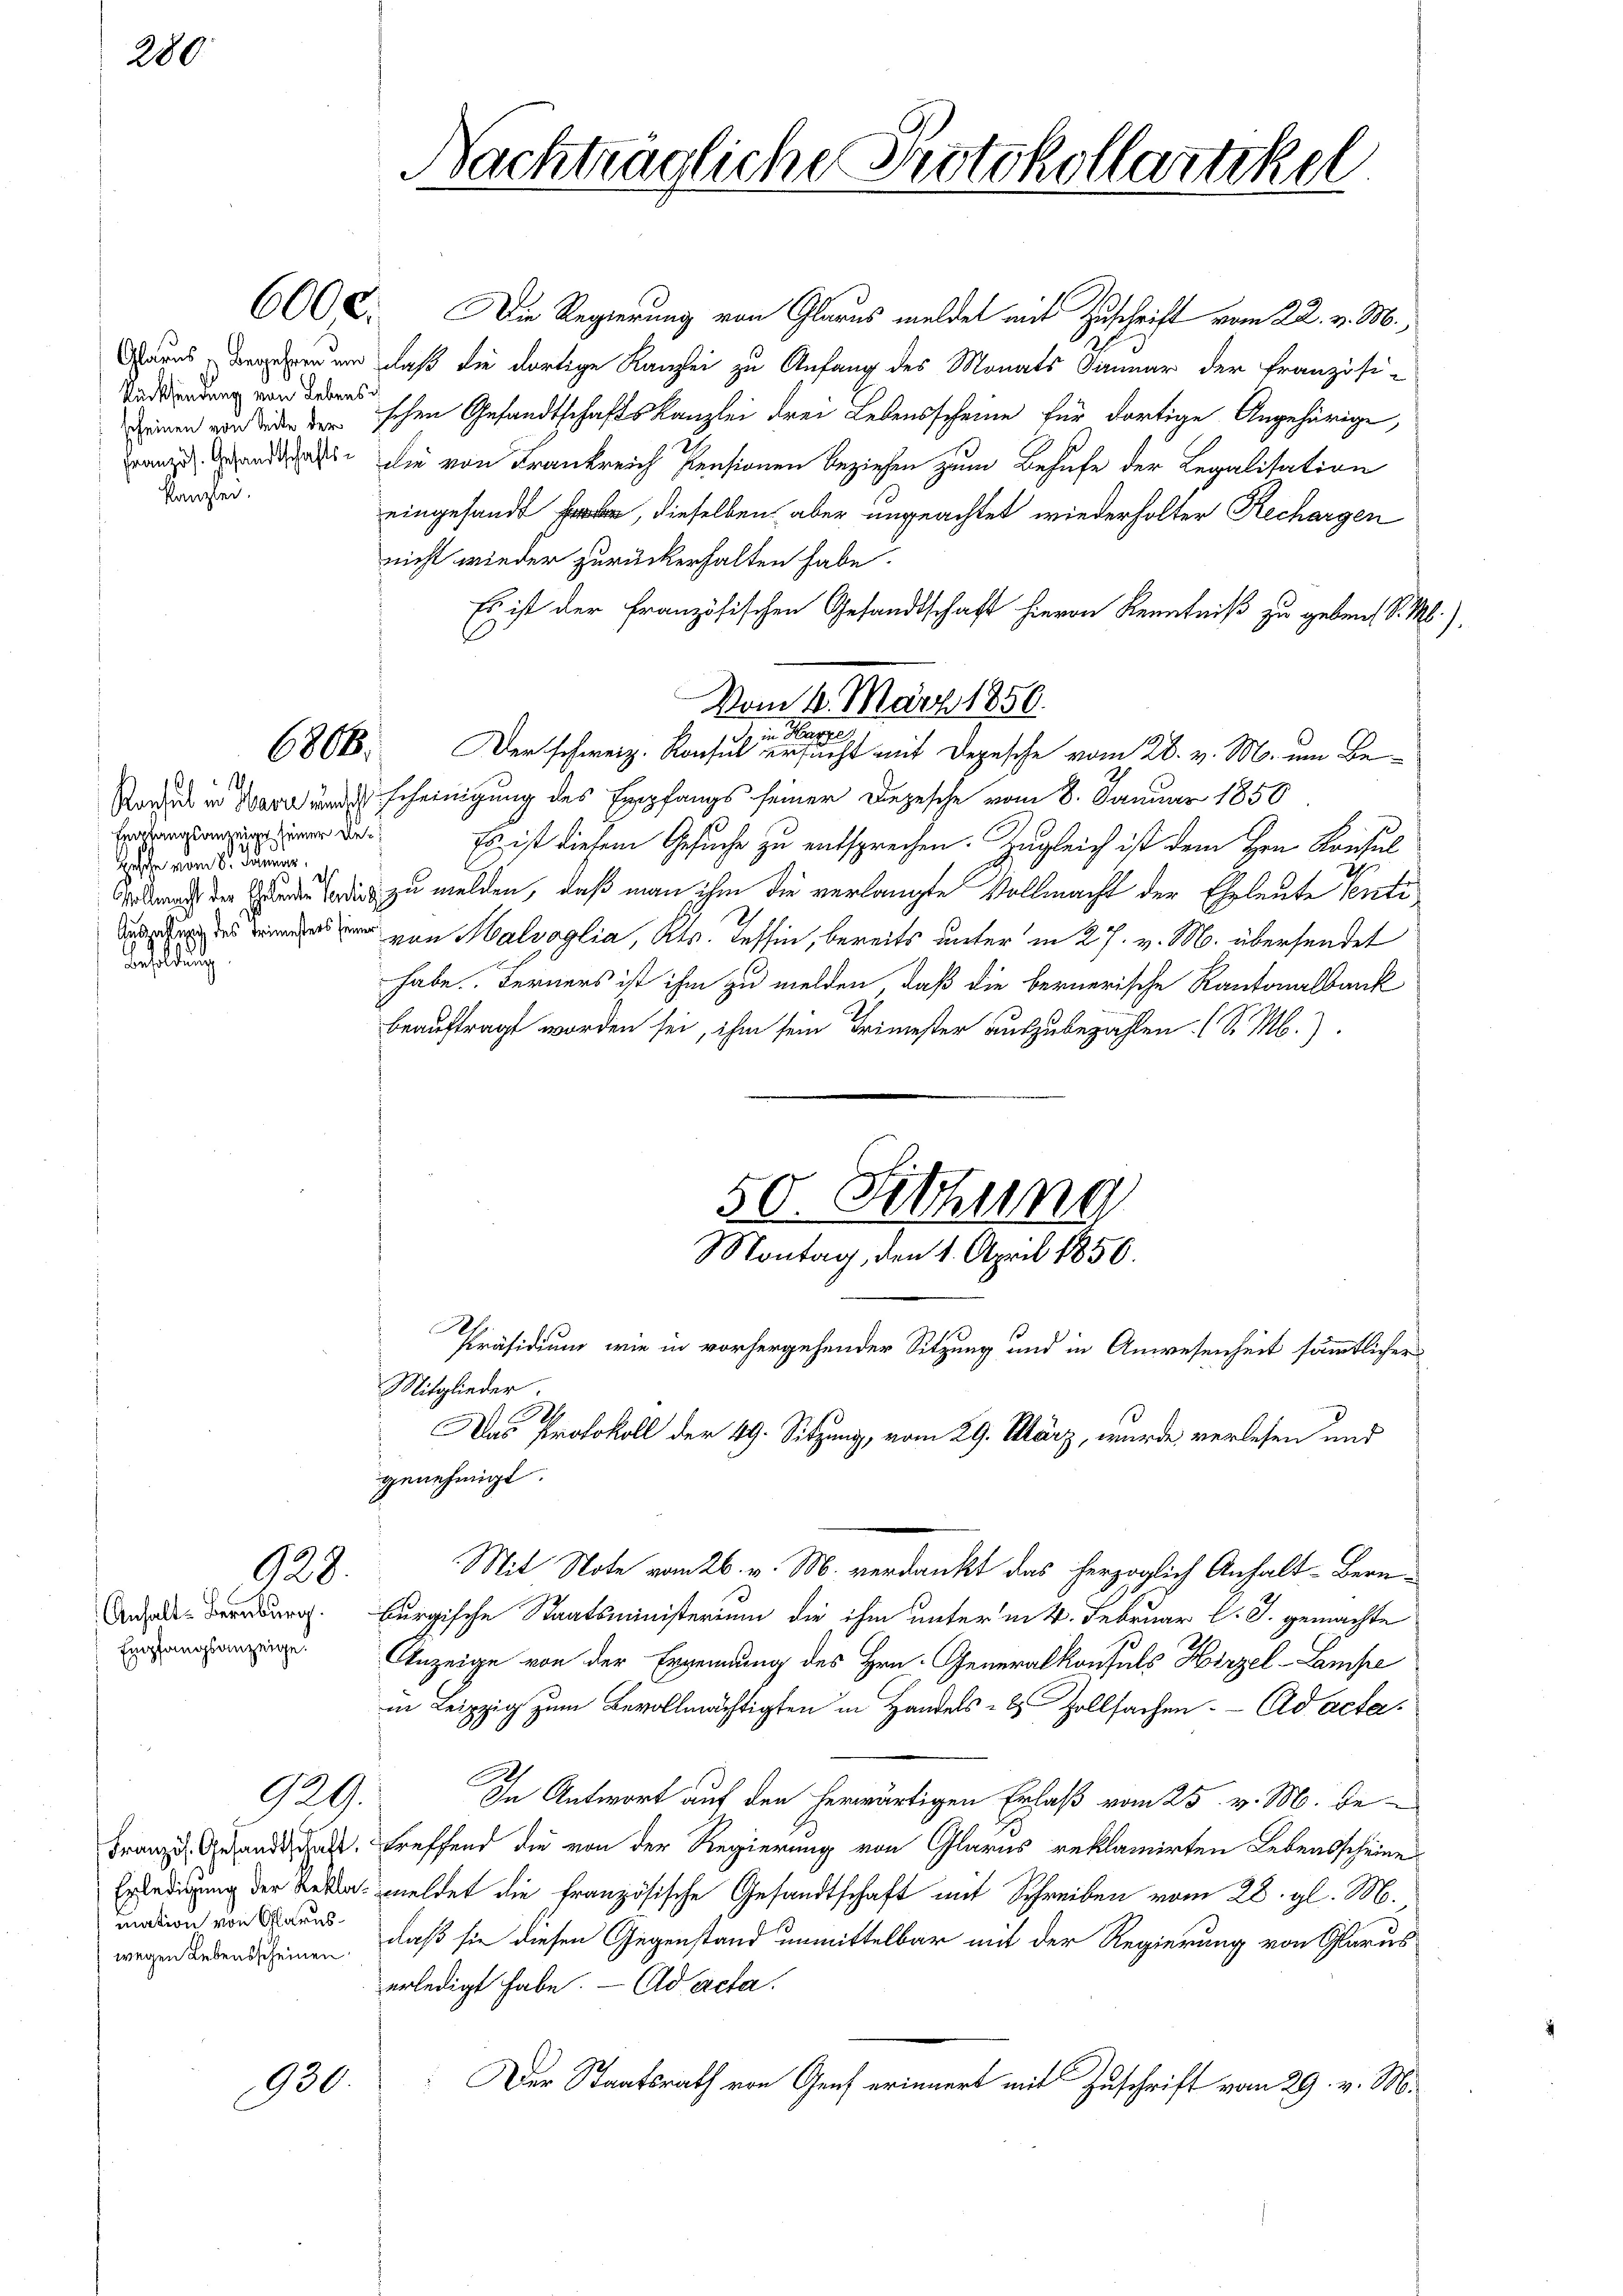
280.

Besoldung

Anhalt Bernburg.
Empfangsanzeige.

Rücksendung von Lebensscheinen von Seite der
Kanzlei.

6806.

Empfangsanzeige seiner De¬
Geschen vom 8. Junius,
ess

928.

mation von Glarus
wegen Lebensscheinen

929.

900.

Nachträgliche Protokollartikel

600 E. Die Regierung von Glarus meldet mit Zuschrift vom 22. v. M.,
unseren, daß die dortige Kanzlei zu Anfang des Monats Januar der Französi-
schen Gesandtschaftskanzlei drei Lebensscheine für dortige Angehörige,
ranz andelt die von Frankreich Pensionen Beziehen zum Behufe der Legalisation
eingesandt habe, dieselben aber ungeachtet wiederholter Rechargen
nicht wieder zurückerhalten habe.
Es ist der Französischen Gesandtschaft hievon Kenntniß zu geben, S. 1
Ragib in der und scheinigung des Empfangs seiner Depesche vom 8. Januar 1850
Es ist diesem Gesuche zu entsprechen. Zugleich ist dem Hrn. Konsul
 dich zu melden, daß man ihm die verlangte Vollmacht der Eheleute Senti¬
 van Malsoglia, Kt. Tessin, bereits unter in 27. v. M. übersendet
habe. Ferners ist ihm zu melden, daß die bernerische Kantonalbank
beauftragt worden sei, ihm sein Trimester auszubezahlen. (S. M.).
S
Präsidium wie in vorhergehender Sitzung und in Anwesenheit sämmtlicher
Mitglieder
A
Das Protokoll der 49. Sitzung, vom 29. März, wurde verlesen und
genehmigt.
Mit Note vom 26. v. M. verdankt das herzoglich Anhalt- Bernburgische Staatsministerium die ihm unterm 4. Februar l. J. gemachte
Anzeige von der Ergennung des Hrn. Generalkonsuls Hirzel-Lampe
in Leipzig zum Bevollmächtigten in Handels- & Zollsachen- Ad acta.
2
C
In Antwort auf den herwärtigen Erlaß vom 25. v. M. be¬
Franz. Gesandt hat, treffend die von der Regierung von Glarus reklamirten Lebensscheine
Erledigung der Betta meldet die französische Gesandtschaft mit Schreiben vom 28. gl. M.
daß sie diesen Gegenstand unmittelbar mit der Regierung von Glarus
erledigt habe. - Ad acta.
: Der Staatsrath von Genf erinnert mit Zuschrift vom 29. v. M.

Vom 4. März 1850.
in Harze
Der schweiz. Konsul ersucht mit Depesche vom 28. v. M. um Be¬

50. Siehung
Montag, den 1. April 1850.

s.